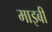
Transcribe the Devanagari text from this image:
माइबी